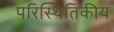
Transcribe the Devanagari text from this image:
परिस्थितिकीय